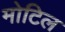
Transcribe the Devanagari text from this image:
मोटिल